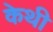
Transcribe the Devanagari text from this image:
केथी